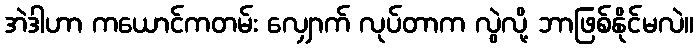
အဲဒါဟာ ကယောင်ကတမ်း လျှောက် လုပ်တာက လွဲလို့ ဘာဖြစ်နိုင်မလဲ။